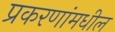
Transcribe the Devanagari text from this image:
प्रकरणांमधील